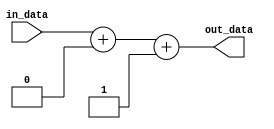
module GenerateParameterizedModule
#(
  parameter PARAM1 = 0,
  parameter PARAM2 = 1
)
(
  input wire [7:0] in_data,
  output reg [7:0] out_data
);

// Internal logic
always @(in_data)
begin
  // Example of internal logic, can be customized as needed
  out_data <= in_data + PARAM1 + PARAM2;
end

endmodule